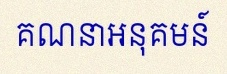
គណនាអនុគមន៍